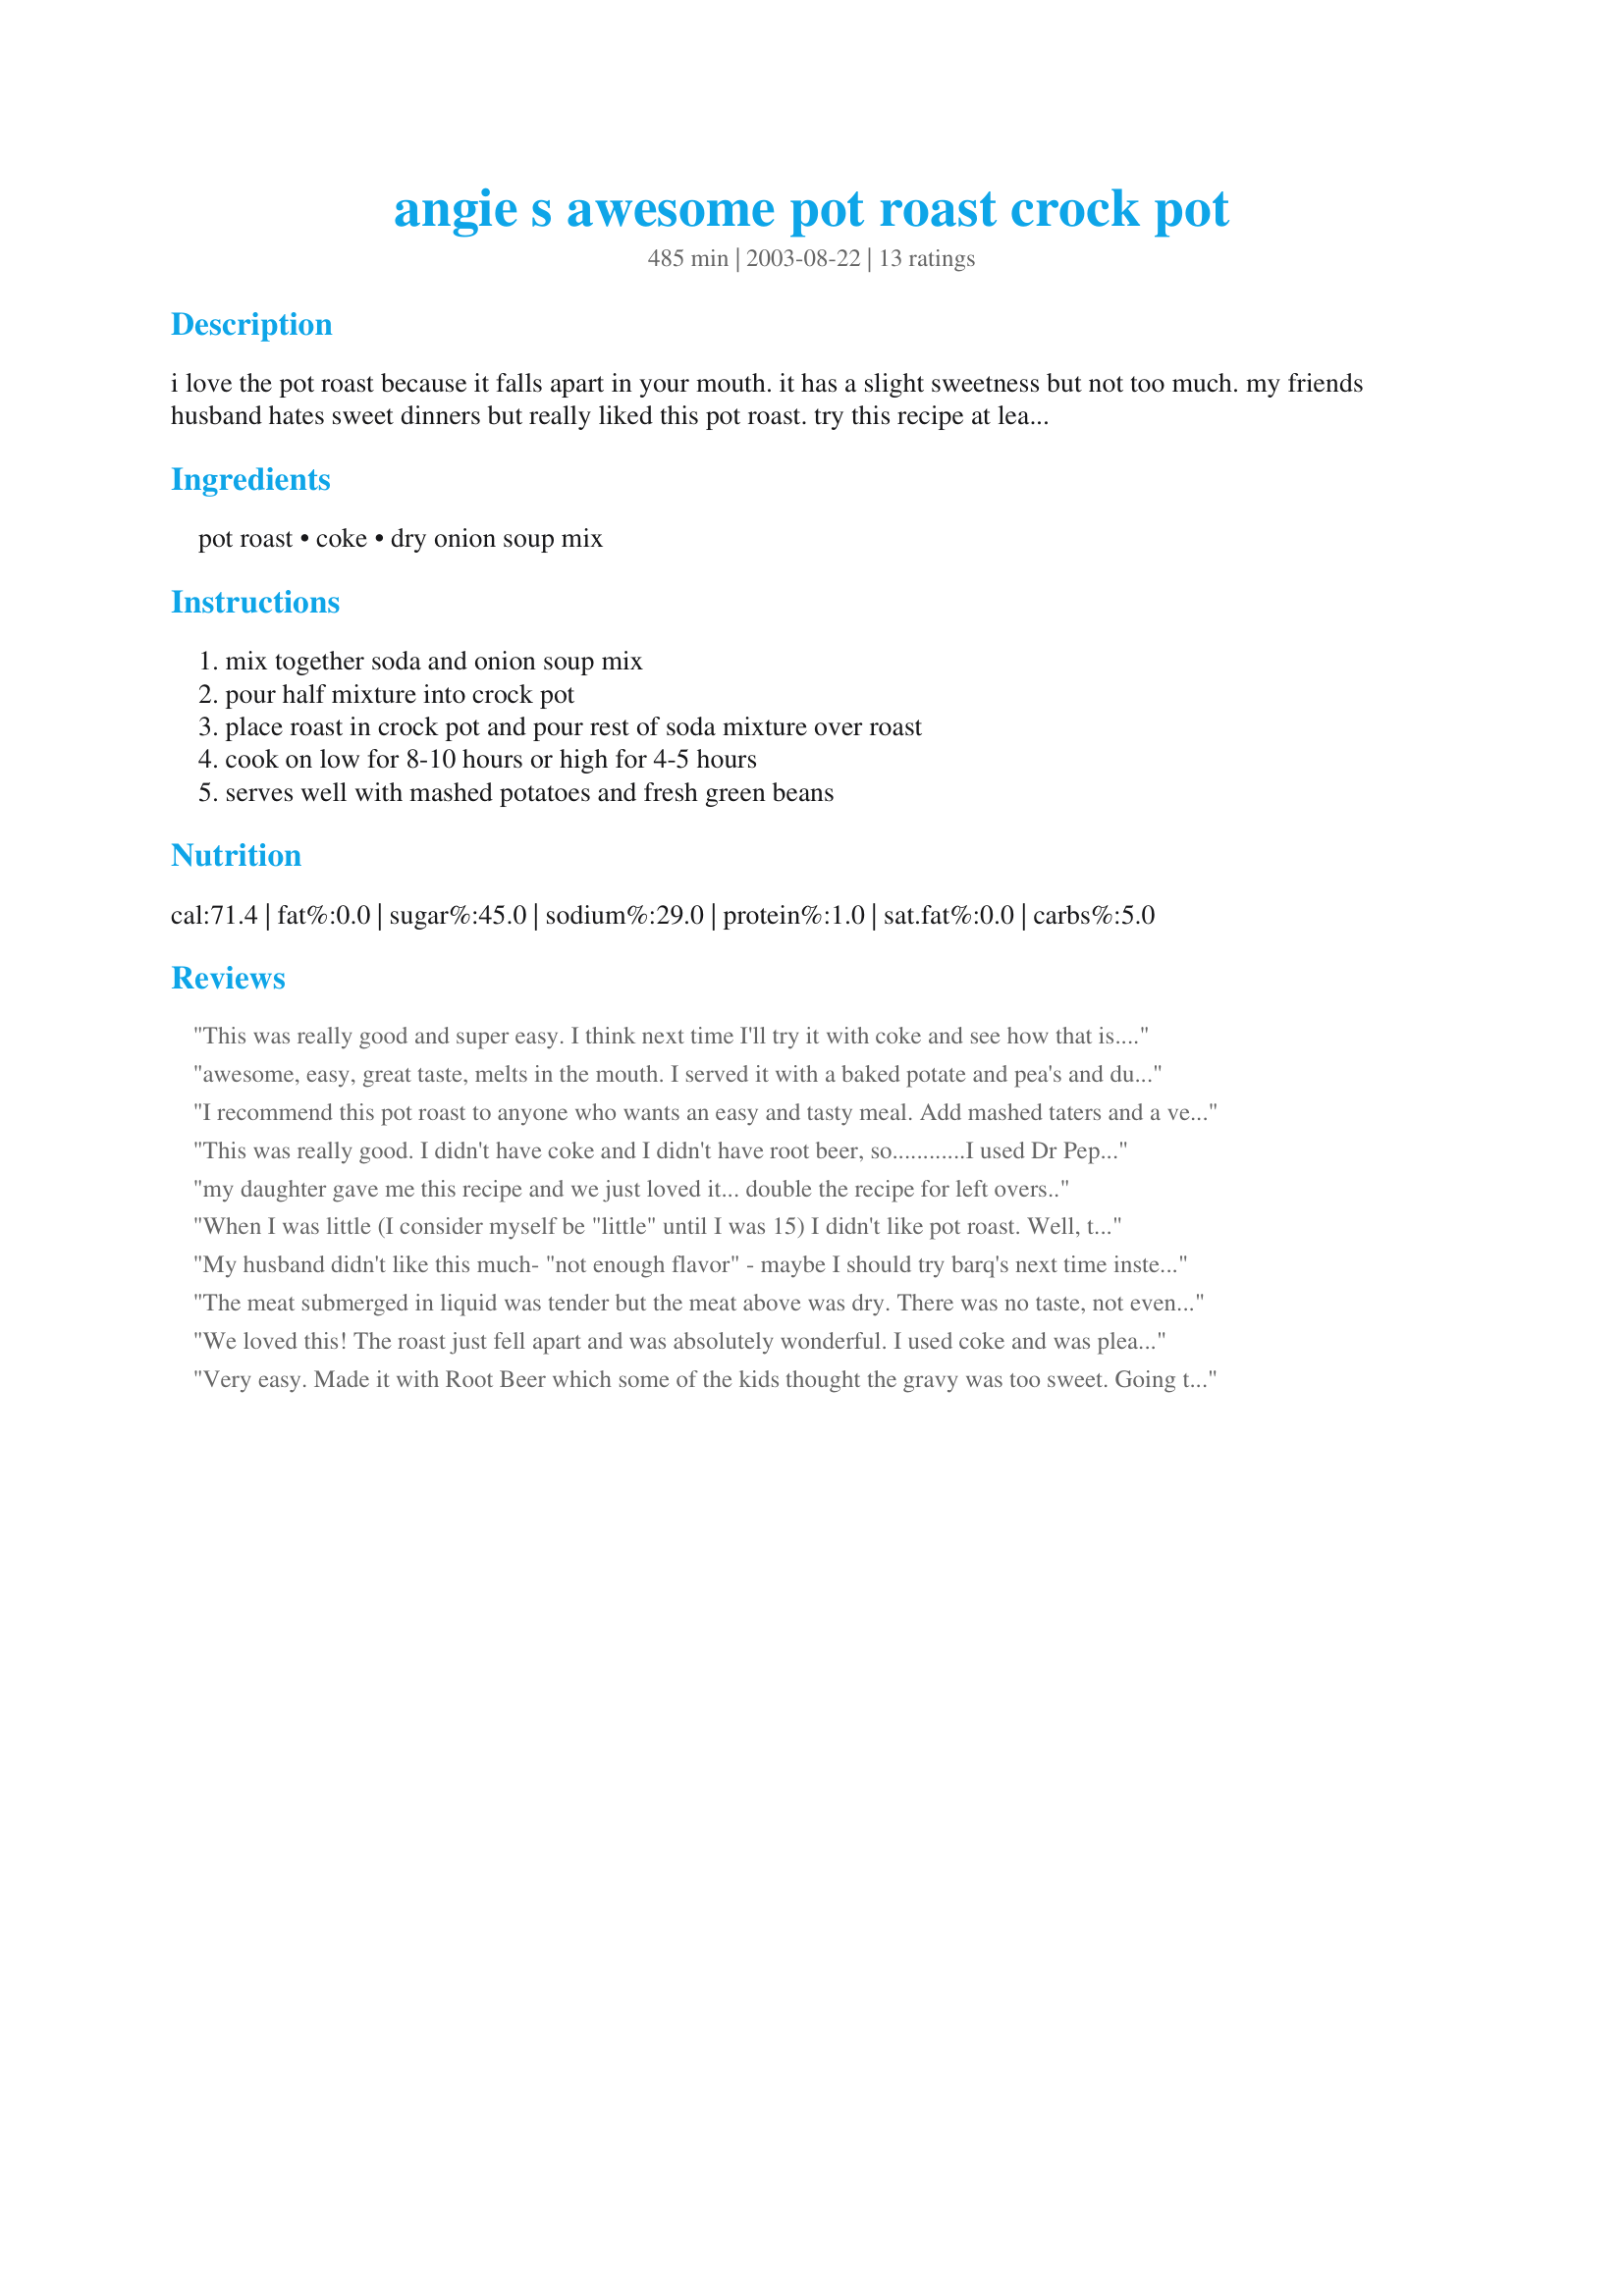
angie s awesome pot roast crock pot
Preparation time: 485 minutes

i love the pot roast because it falls apart in your mouth. it has a slight sweetness but not too much. my friends husband hates sweet dinners but really liked this pot roast. try this recipe at least once, i promise you'll like it!

Ingredients:
pot roast, coke, dry onion soup mix

Steps:
mix together soda and onion soup mix, pour half mixture into crock pot, place roast in crock pot and pour rest of soda mixture over roast, cook on low for 8-10 hours or high for 4-5 hours, serves well with mashed potatoes and fresh green beans

Reviews:
This was really good and super easy. I think next time I'll try it with coke and see how that is. Thanks for a nice recipe
awesome, easy, great taste, melts in the mouth. I served it with a baked potate and pea's and dutch apple pie, great gravy. thanks
I recommend this pot roast to anyone who wants an easy and tasty meal. Add mashed taters and a veggie on the side and you have the perfect american dinner. It's not too sweet and the meat falls apart in your mouth. Minimum chewing required. It's making my mouth water, just thinking about it. Yum!
This was really good. I didn't have coke and I didn't have root beer, so............I used Dr Pepper because that was all I had. It tasted GREAT! My kids loved it! We will be making it again and MAYBE I will use Coke, but maybe not, it was so good with Dr Pepper.Not too sweet, just perfect. Thanks AngelaK. for the recipe.
my daughter gave me this recipe and we just loved it... double the recipe for left overs..
When I was little (I consider myself be "little" until I was 15) I didn't like pot roast. Well, that is not fair for me to say that, for I had never really tried it. Anyways, I chose this recipe because it is so easy to make- All I had to do was throw in the three ingredients, cover the crock pot, come home from school and swimming and eat! I loved it! The meat was very tender- we used 2.5 pounds -and just a can a Coke (12 oz)- as well as the onion soup mix. I put it in a 7:30 this morning, and came home to eat at 5:30. (by then the crock pot was on "warm")My favorite part of this was the fact that I didn't need to 'drown' the meat in ketchup or anything- I was very good! Thank you for posting this simple yet tasty recipe!
My husband didn't like this much- "not enough flavor" - maybe I should try barq's next time instead of coke. I thought the texture was good, though and it was super easy.
The meat submerged in liquid was tender but the meat above was dry. There was no taste, not even from the oven soup. When my husband came home he asked why he didn&#039;t smell pot roast, he loves the smell of it cooking when he comes in. This one didn&#039;t have that yummy smell. We added garlic and brown gravy mix right before serving since neither of us were impressed with the flavor as written.
We loved this! The roast just fell apart and was absolutely wonderful. I used coke and was pleasantly surprised that it didn't overpower the taste of the meat. It was very easy, and the house smelled great when I got home!
Very easy. Made it with Root Beer which some of the kids thought the gravy was too sweet. Going to try it again with Dr. Pepper this time. The kids loved it overall and ate a ton of it and asked for the leftovers the next day.
Simple, easy and we thought this was delicious. Used ~3 lb. rump roast and Classic Coke, cooked on LOW for 6 hours in my cooker. Fork tender meat, plenty of yummy sauce. Served with mashed potatoes. Dynamite meal with very little effort. Thanks.
Very tasty! I used coke, but I would also like to try Barq's root beer next time as Angela suggested.
The pot roast was everything you promised it would be Litl Irish Angel. Tender, juicy and oh so flavorful. Made exactly as written using Roast Garlic Onion soup and coke a cola. It worked beautifully, cooked in the crock pot for 5 hours on high, it was perfection. The first night I served it with mashed potatoes, corn nibblets and gravy, the next night I dressed it up with caramelized red onions and cheese sauce, for a wonderful sandwich. Thank you so much for sharing, I can't wait to try it with the root beer. Made for Fall Pac/12
